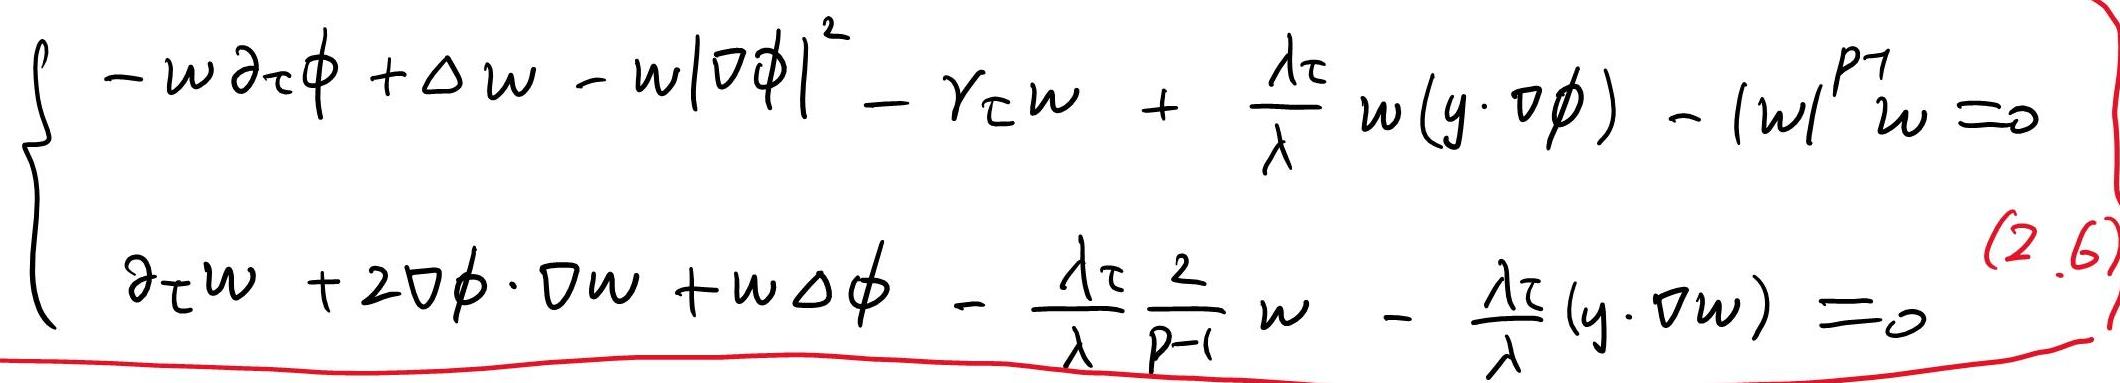
\[
\left\{
\begin{array}{l}
-w \partial_{\tau} \phi + \Delta w - w|\nabla \phi|^{2} - \gamma_{\tau} w + \frac{\lambda_{\tau}}{\lambda} w(y \cdot \nabla \phi) - |w|^{p - 1} w = 0 \\
\partial_{\tau} w + 2\nabla \phi \cdot \nabla w + w \Delta \phi - \frac{\lambda_{\tau}}{\lambda} \frac{2}{p - 1} w - \frac{\lambda_{\tau}}{\lambda} (y \cdot \nabla w) = 0
\end{array}
\right.
\]